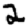
Digit: 2